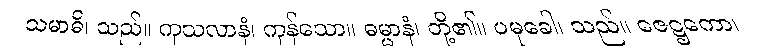
သမာဓိ၊ သည်။ ကုသလာနံ၊ ကုန်သော။ ဓမ္မာနံ၊ တို့၏။ ပမုခေါ၊ သည်။ ဇေဋ္ဌကော၊